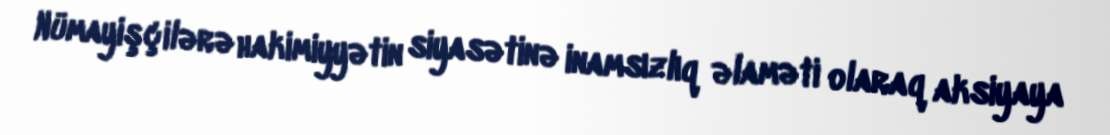
Nümayişçilərə hakimiyyətin siyasətinə inamsızlıq əlaməti olaraq aksiyaya